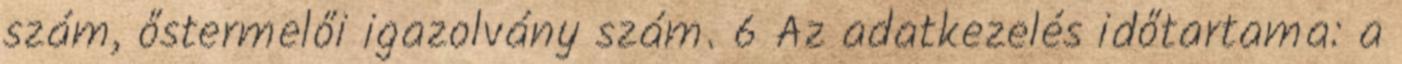
szám, őstermelői igazolvány szám. 6 Az adatkezelés időtartama: a